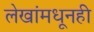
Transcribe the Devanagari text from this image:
लेखांमधूनही